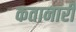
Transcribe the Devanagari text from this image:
कतानारी